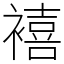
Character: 鿋